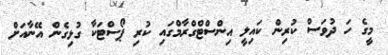
މީގެ ހަ ދުވަސް ކުރިން ކައިލީ އިންސްޓްގްރާމްގައި ކުރި ޕޯސްޓަކާ ގުޅިގެން އޭނާއަށް